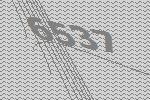
6537